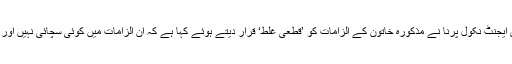
براؤن کی تشہیری ایجنٹ نکول پرنا نے مذکورہ خاتون کے الزامات کو ’قطعی غلط‘ قرار دیتے ہوئے کہا ہے کہ ان الزامات میں کوئی سچائی نہیں اور یہ من گھڑت ہیں۔